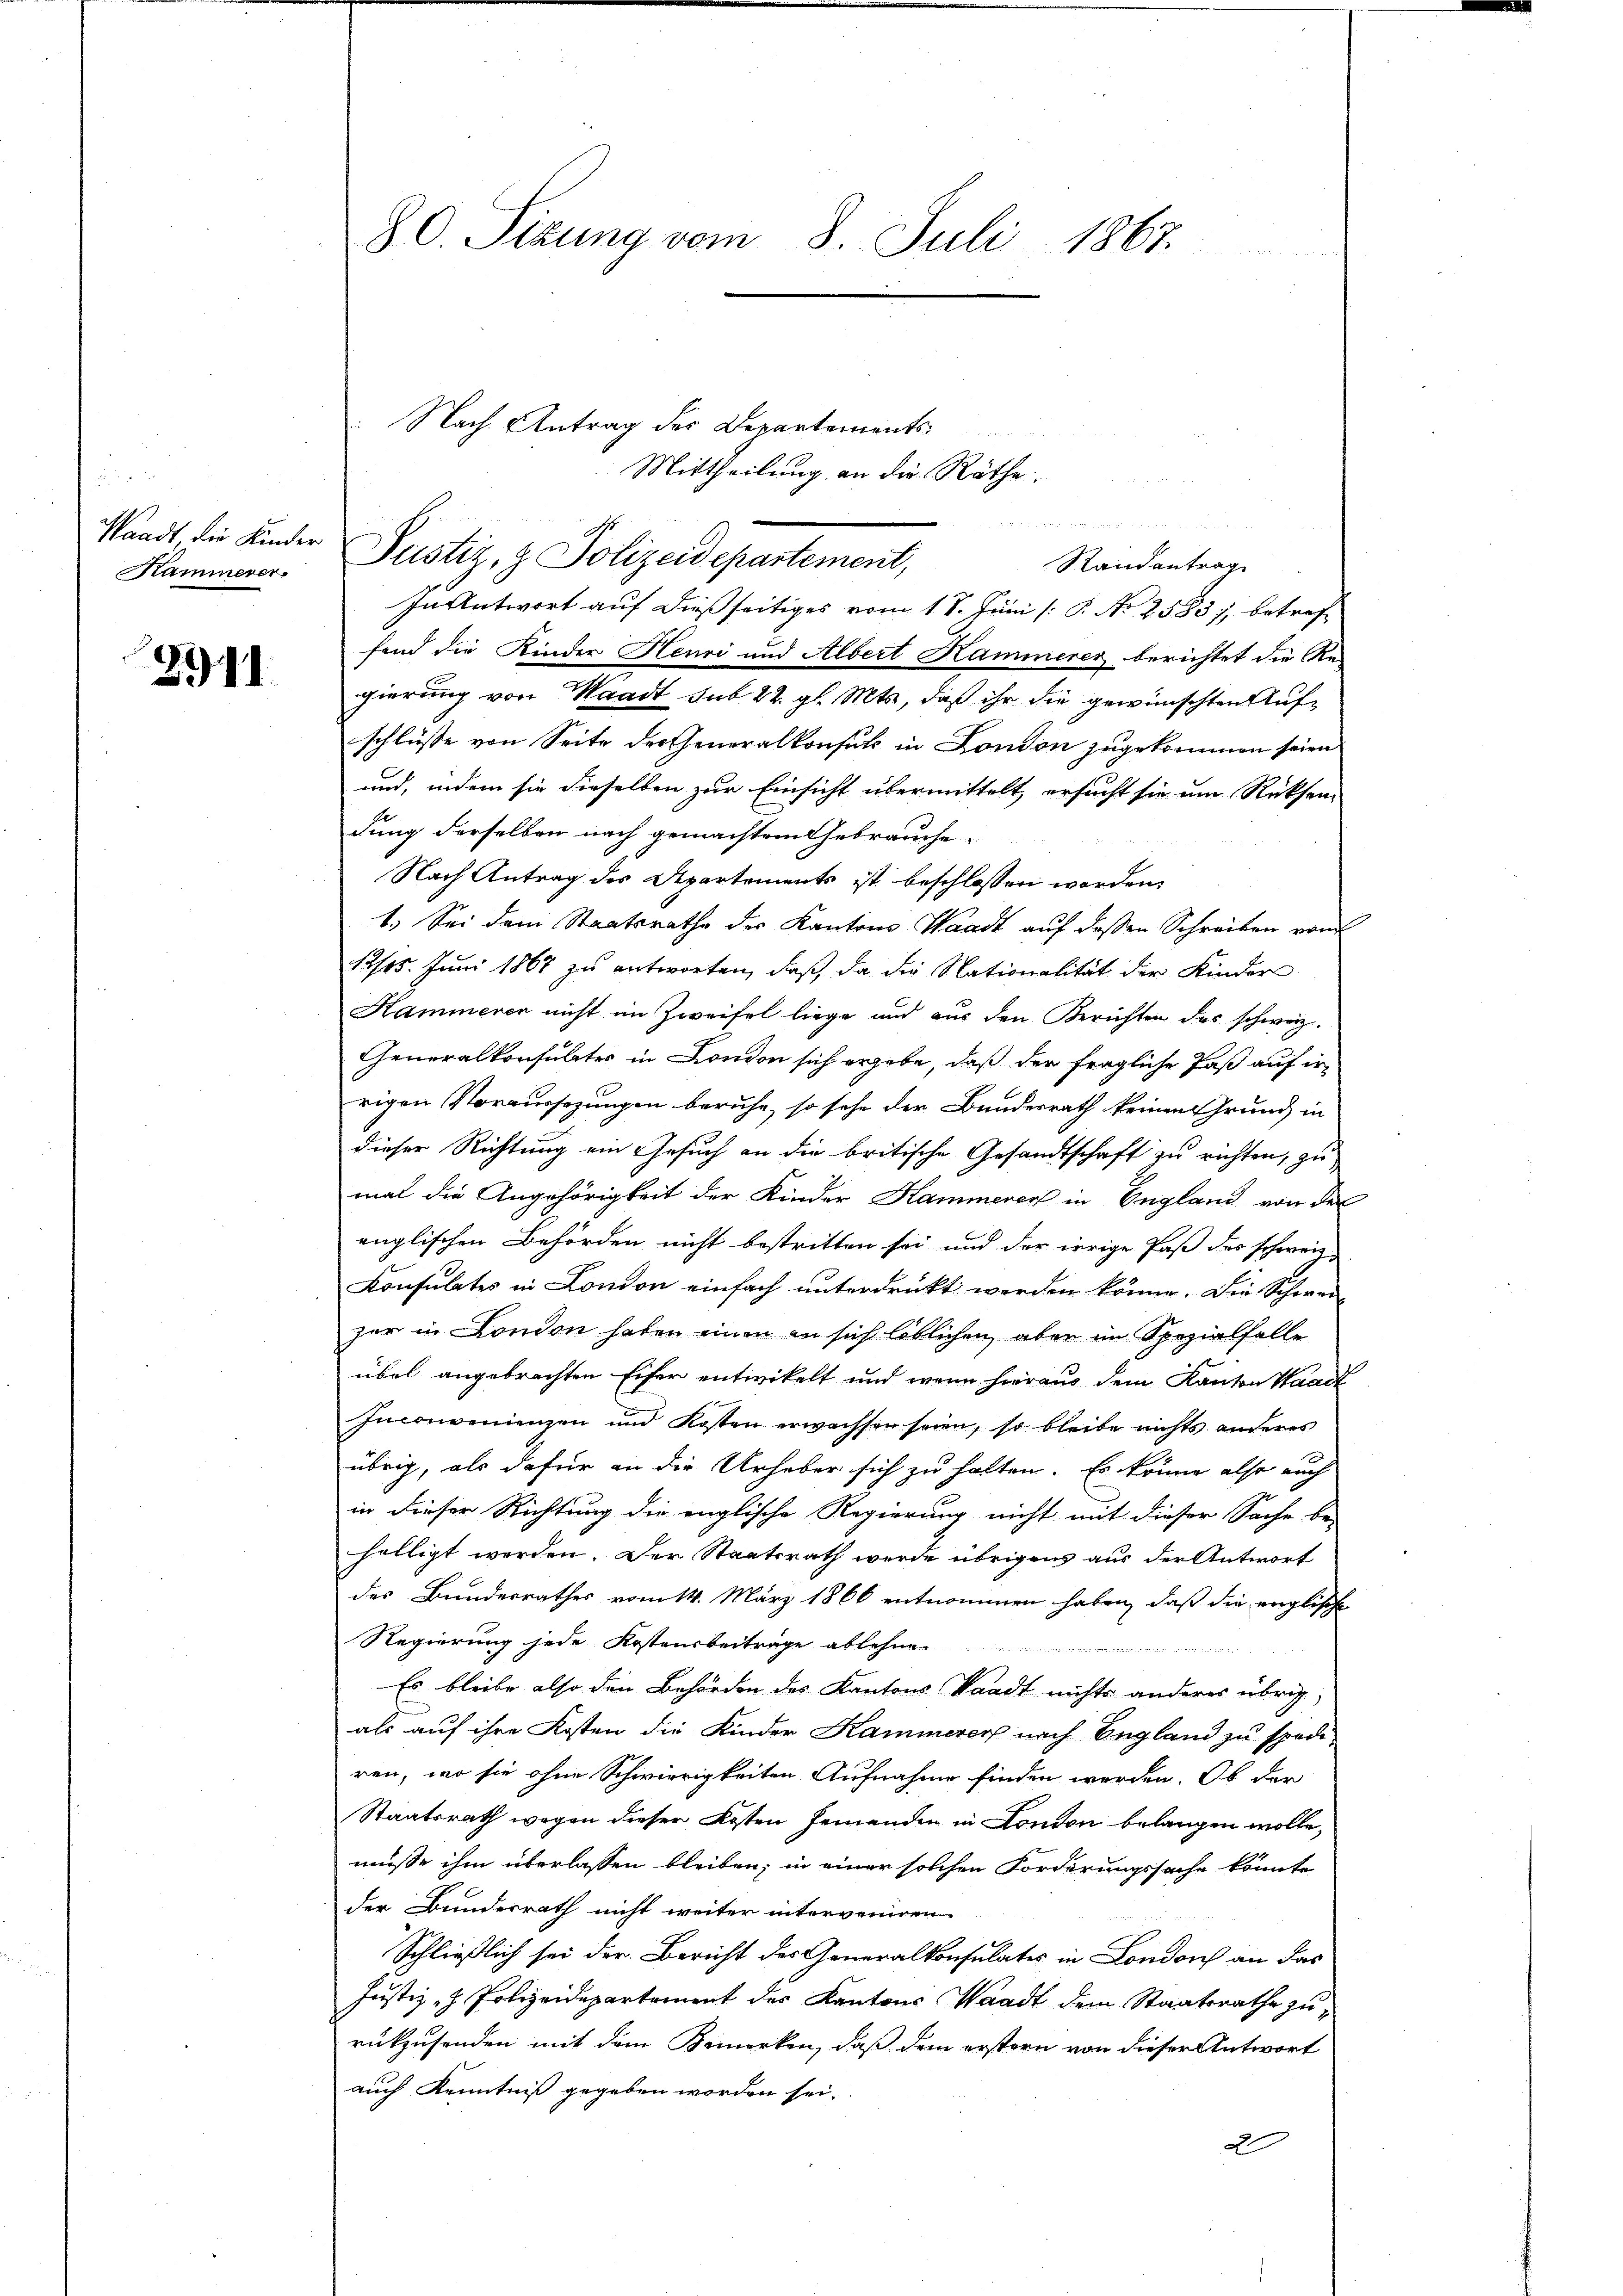
Kammerer¬

2911

fend die Kinder Henri und Albert Hammerer berichtet die Re-
gierung von Waadt sub 22. gl. Mts, daß ihr die gewünschten Aufschlüsse von Seite dresseneralkonsul in London zugekommen seien
und, indem sie dieselben zur Einsicht übermittelt, ersucht sie um Rücksen
dung derselben nach gemachtem Gebrauche
Nach Antrag des Apartements ist beschlossen worden,
1.) Sei dem Staatsrathe der Kantons Waadt auf dessen Schreiben vom
1245. Juni 1867 zu antworten, daß, da die Nationalität der Kinder
Kammeren nicht im Zweifel liege und aus den Berichten des schweiz.
Generalkonsulater in London sich ergebe, daß der fragliche Paß auf irrigen Voraussezungen beruhe, so sehe der Bundesrath keinen Grund in
dieser Richtung ein Gesuch an die britische Gesandtschaft zu richten, zu
mal die Angehörigkeit der Kinder Hammerer in England von der
englischen Behörden nicht bestritten sei und der irrige Paß des schweiz
Konsulates in London einfach unterdruckt werden könne. Die Schwei-
zer in London haben einen an sich löblichen, aber im Spezialfalle
übel angebrachten Eifer entwickelt und wenn hieraus dem Kanton Waadt
Inconvenienzen und Kosten erwachsen seien, so bleibe nichts anderes
übrig, als dafür an die Urheber sich zu halten. Es könne also auch
in dieser Richtung die englische Regierung nicht mit dieser Sache be-
hilligt werden. Der Staatsrath werde übrigens aus der Antwort
des Bundesrathes vom 14. März 1866 entnommen haben, daß die verglische
Regierung jede Kostensbeiträge ablehne

Es bleibe also den Behörden des Kantons Waadt nichts anderes übrig
als auf ihre Kosten die Kinder Kammerer nach England zu spedi
ren, wo sie ohne Schwierigkeiten Aufnahme finden werden. Ob der
Staatsrath wegen dieser Kosten Feinenden in London belangen wolle,
müsse ihm überlassen bleiben; in einer solchen Forderungssache könnte
der Bundesrath nicht weiter interveniren
Schließlich sei der Bericht des Generalkonsulates in London an das
Justiz- & Polizeidepartement des Kantons Waadt dem Staatsrathe zu
rükzusenden mit dem Bemerken, daß dem erstern von dieser Antwort
auch Kenntniß gegeben worden sei.
A

80. Sizung vom 8. Juli 1867

Standt die Kinder Justiz, z. Polizeidepartement,
Randantrag
In Antwort auf dießseitiges vom 18. Juni /: P. Nr. 2583), betref¬

Nach Antrag des Departements
Mittheilung an die Räthe.
I